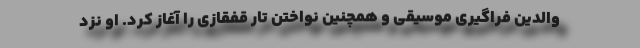
والدین فراگیری موسیقی و همچنین نواختن تار قفقازی را آغاز کرد. او نزد